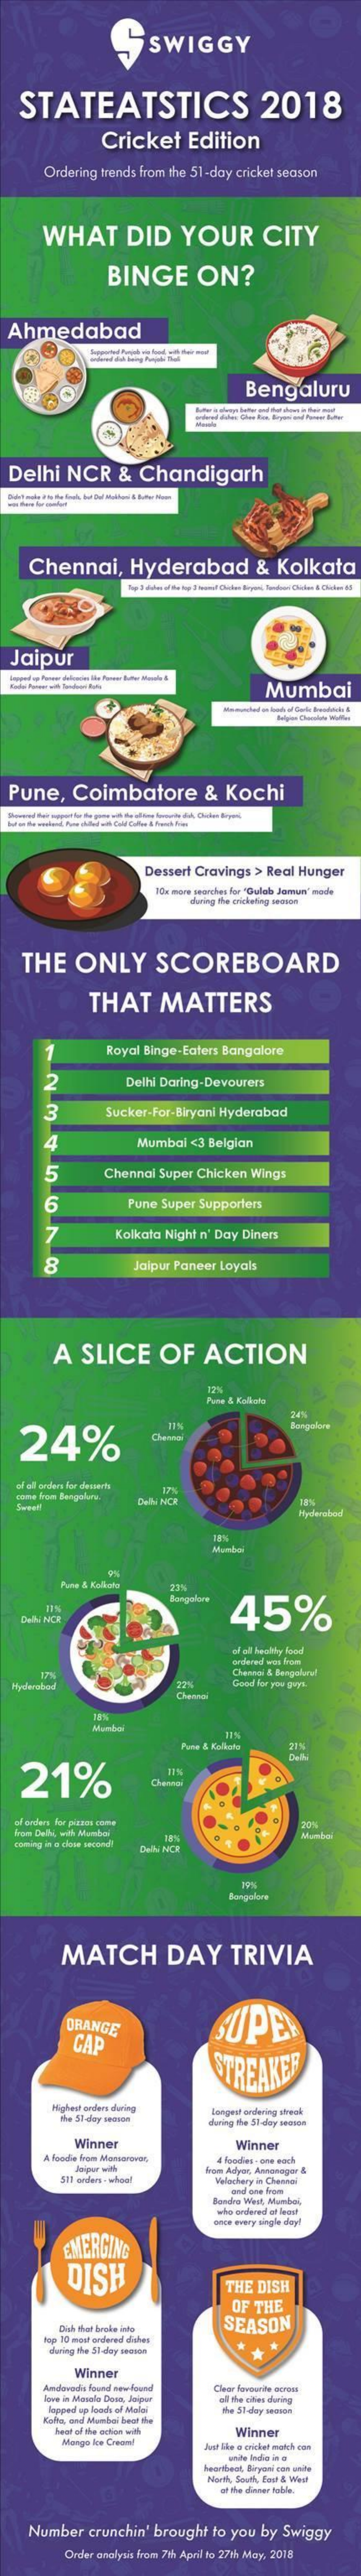
SWIGGY
   STATEATSTICS    2018
     Cricket    Edition
     Ordering trends from the 51-day cricket seoson
     WHAT    DID    YOUR    CITY
     BINGE    ON?
  Ahmedabad
     Bengaluru
  Delhi   NCR    &  Chandigarh
    Chennai,    Hyderabad    &   Kolkata
  Jaipur
     Mumbai
  Pune,   Coimbatore    &  Kochi
     Dessert Cravings > Real Hunger
     TOa more searches for "Gulab Jeraan' medle
     during the orichting ossce
   THE    ONLY    SCOREBOARD
     THAT    MATTERS
     Royal Binge-Eaters Bangalore
     12    Delhi Daring-Devourers
     3    Sucker-For-Biryani Hyderabad
     Mumbal  <3 Belgian
     15    Chennai Super Chicken Wings
     16    Pune Super Supporters
     Kolkata Night n' Day Diners
     18    Jaipur Paneer Loyals
     A   SLICE    OF    ACTION
     Puste & Kolista
   24%
     11%    Bcegalore
   of off' order for denerh
     Deli NCR
     Mumbai
     Pues & Kolkota
     45%
   DelN NICE
     andered was from
     Chewci & Bengalura!
     Good for you guys.
     Pune & Koliaka
   21%    Cheveal
  from Delhi, with Manbol
     Delhi NCR
     19%
     Bongolane
     MATCH    DAY    TRIVIA
     ORANGE    SUPE
     CAP
     STREAKER
     Highest orden during
     The 53-doy storde
     Bangest ordering streck
     Winner    Winner
     A foode from Mansarovar,
     Joipar with
     d laadiet . one eoch
     517 order - whoa!
     Nom Adyar, Aneunagar &
     Valashory in Chivesi
     who ordered af lent
     once every single day!
     EMERGING
     DISH
     THE DISH
     OF THE
     Desh Get broly inty    SEASON
     top 10 most ordered dishes
     during the $3 dey sesen
     Winner
     Andavodi found new-found
     lone in Monola Dosa, Jaipur
     lapped up looch of Maloi
     all the cities during
     the 51-day season
     Kola, and Mumbai heor she
     hent of the action with
     Mongo Ice Creaml
     Winner
     Just like a cricket moich can
     heartbeat Bryant con unfs
     North, South, Fast & West
     at the dinner feble.
    Number   crunchin' brought to you by Swiggy
     Order analysis from 7th April to 27m May, 2018